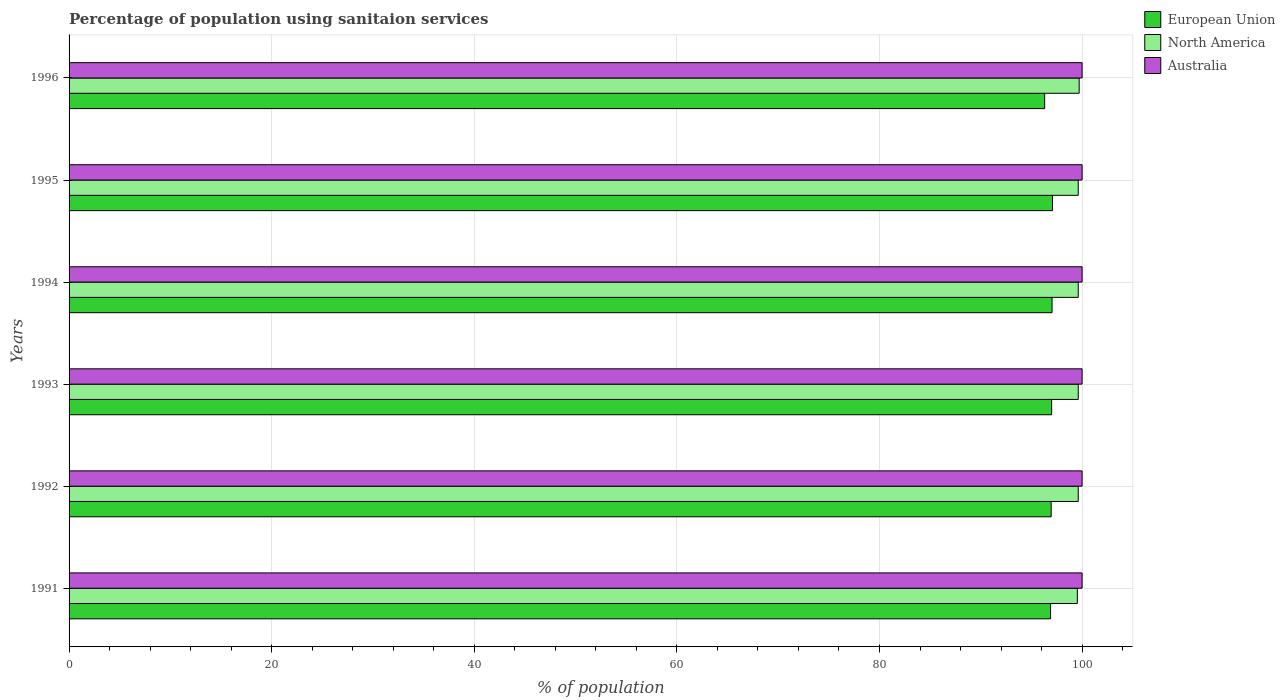
| Years | European Union | North America | Australia |
 | --- | --- | --- | --- |
 | 1991 | 96.9 | 99.5 | 100 |
 | 1992 | 96.9 | 99.6 | 100 |
 | 1993 | 97 | 99.6 | 100 |
 | 1994 | 97 | 99.6 | 100 |
 | 1995 | 97.1 | 99.6 | 100 |
 | 1996 | 96.3 | 99.7 | 100 |